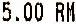
5.00 RM